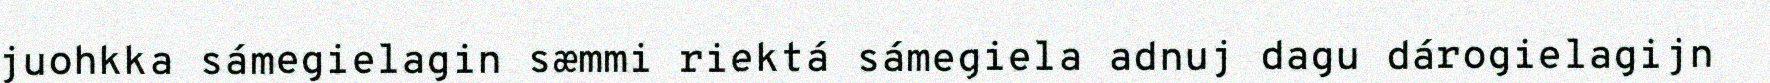
juohkka sámegielagin sæmmi riektá sámegiela adnuj dagu dárogielagijn